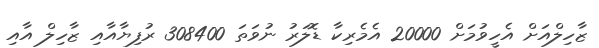
ޒާހިލްއަށް އެހީވުމަށް 20000 އެމެރިކާ ޑޮލަރު ނުވަތަ 308400 ރުފިޔާއާއި ޒާހިލް އާއި